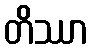
တိဿာ